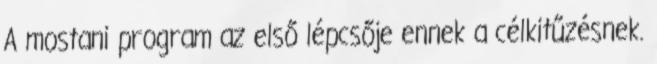
A mostani program az első lépcsője ennek a célkitűzésnek.